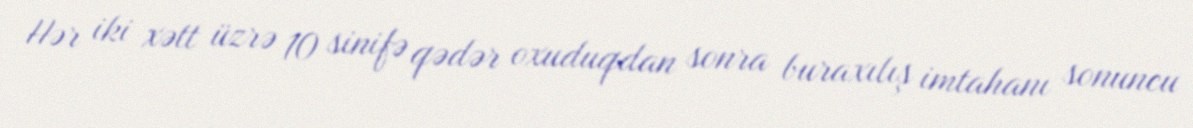
Hər iki xətt üzrə 10 sinifə qədər oxuduqdan sonra buraxılış imtahanı sonuncu